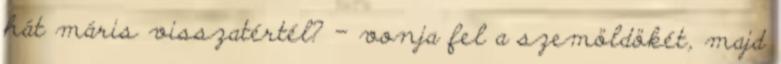
hát máris visszatértél? – vonja fel a szemöldökét, majd